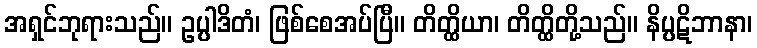
အရှင်ဘုရားသည်။ ဥပ္ပါဒိတံ၊ ဖြစ်စေအပ်ပြီ။ တိတ္ထိယာ၊ တိတ္ထိတို့သည်။ နိပ္ပဋိဘာနာ၊